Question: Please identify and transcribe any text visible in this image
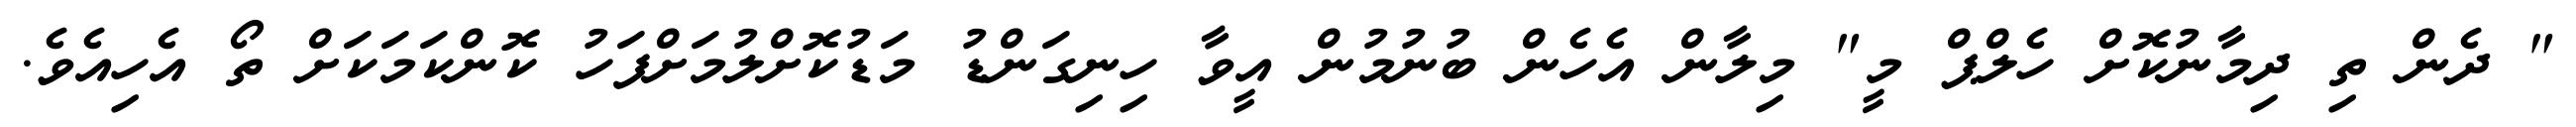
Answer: " ދެން ތި ދިމާނުކޮށް ހެލްޕް މީ" މިލާން އެހެން ބުނުމުން އީވާ ހިނިގަންޑު މަޑުކޮށްލުމަށްފަހު ކޮންކަމަކަށް ތޯ އެހިއެވެ.